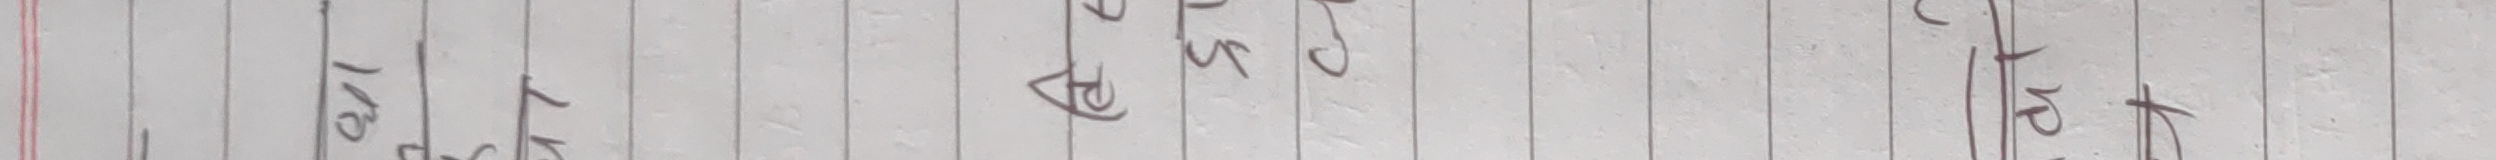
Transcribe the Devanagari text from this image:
१२८१ साल असार २५ गते